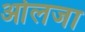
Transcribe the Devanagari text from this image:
ओलजा